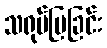
သရုပ်ပြခြင်း